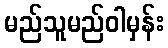
မည်သူမည်ဝါမှန်း